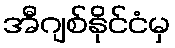
အီဂျစ်နိုင်ငံမှ